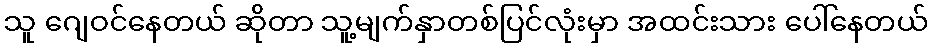
သူ ဂျေဝင်နေတယ် ဆိုတာ သူ့မျက်နှာတစ်ပြင်လုံးမှာ အထင်းသား ပေါ်နေတယ်